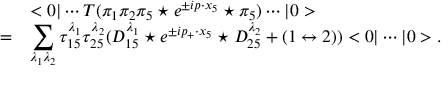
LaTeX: \begin{array} { r l } { { } } & { { < 0 | \cdots T ( \pi _ { 1 } \pi _ { 2 } \pi _ { 5 } \star e ^ { \pm i p \cdot x _ { 5 } } \star \pi _ { 5 } ) \cdots | 0 > } } \\ { { = } } & { { \displaystyle \sum _ { \lambda _ { 1 } \lambda _ { 2 } } \tau _ { 1 5 } ^ { \lambda _ { 1 } } \tau _ { 2 5 } ^ { \lambda _ { 2 } } ( D _ { 1 5 } ^ { \lambda _ { 1 } } \star e ^ { \pm i p _ { + } \cdot x _ { 5 } } \star D _ { 2 5 } ^ { \lambda _ { 2 } } + ( 1 \leftrightarrow 2 ) ) < 0 | \cdots | 0 > . } } \end{array}